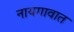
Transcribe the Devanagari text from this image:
नायगावात